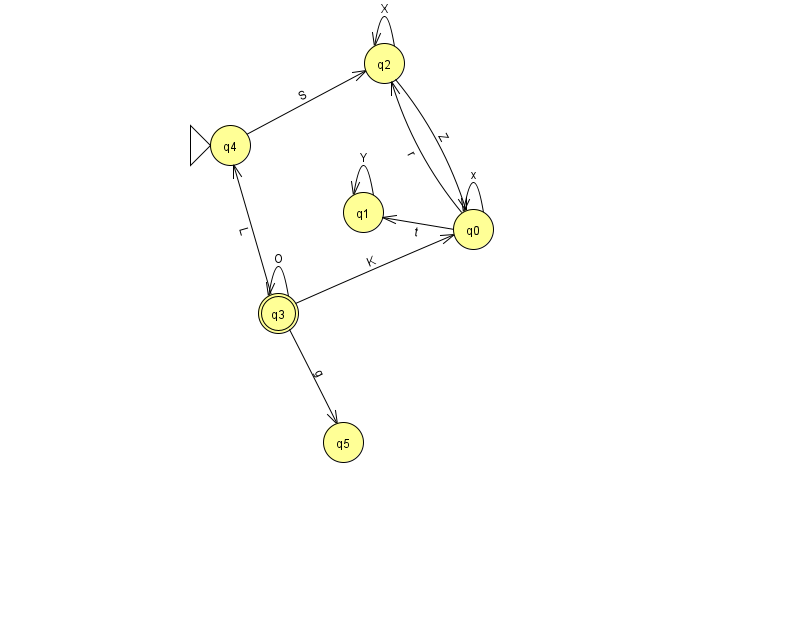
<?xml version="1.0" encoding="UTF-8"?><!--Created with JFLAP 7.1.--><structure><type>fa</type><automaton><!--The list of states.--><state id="0" name="q0"><x>473.0</x><y>216.0</y></state><state id="1" name="q1"><x>363.0</x><y>199.0</y></state><state id="2" name="q2"><x>384.0</x><y>50.0</y></state><state id="3" name="q3"><x>278.0</x><y>300.0</y><final/></state><state id="4" name="q4"><x>230.0</x><y>132.0</y><initial/></state><state id="5" name="q5"><x>343.0</x><y>429.0</y></state><!--The list of transitions.--><transition><from>2</from><to>0</to><read>Z</read></transition><transition><from>4</from><to>2</to><read>S</read></transition><transition><from>3</from><to>4</to><read>L</read></transition><transition><from>0</from><to>0</to><read>x</read></transition><transition><from>0</from><to>2</to><read>r</read></transition><transition><from>2</from><to>2</to><read>X</read></transition><transition><from>1</from><to>1</to><read>Y</read></transition><transition><from>3</from><to>5</to><read>g</read></transition><transition><from>3</from><to>0</to><read>K</read></transition><transition><from>0</from><to>1</to><read>t</read></transition><transition><from>3</from><to>3</to><read>O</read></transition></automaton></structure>